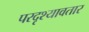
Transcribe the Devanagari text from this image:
परदृश्यावतार